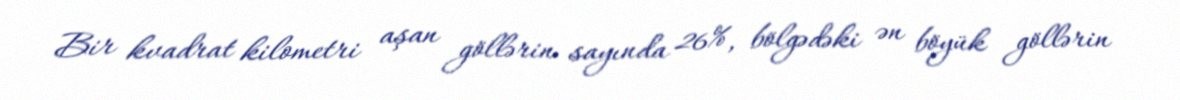
Bir kvadrat kilometri aşan göllərin sayında 26%, bölgədəki ən böyük göllərin